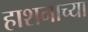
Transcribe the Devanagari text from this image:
हाशनाच्या